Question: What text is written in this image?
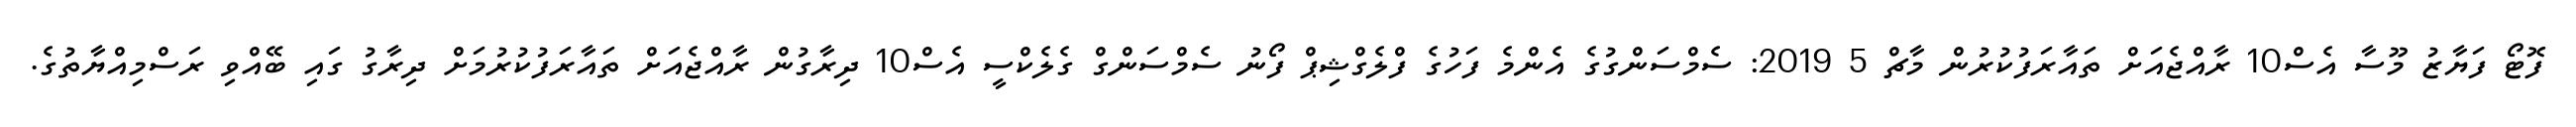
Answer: ފޮޓޯ ފަޔާޒު މޫސާ އެސް10 ރާއްޖެއަށް ތައާރަފުކުރުން މާޗް 5 2019: ސެމްސަންގުގެ އެންމެ ފަހުގެ ފްލެގްޝިޕް ފޯނު ސެމްސަންގް ގެލެކްސީ އެސް10 ދިރާގުން ރާއްޖެއަށް ތައާރަފުކުރުމަށް ދިރާގު ގައި ބޭއްވި ރަސްމިއްޔާތުގެ.